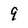
Character: 9